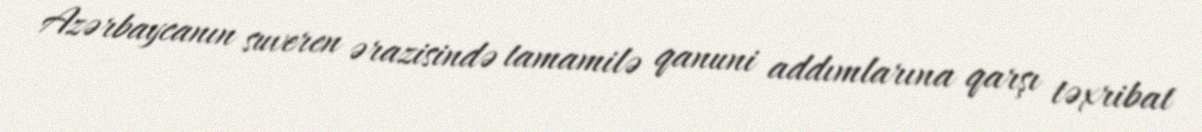
Azərbaycanın suveren ərazisində tamamilə qanuni addımlarına qarşı təxribat